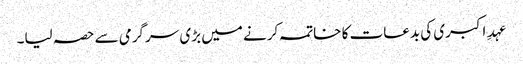
عہدِ اکبری کی بدعات کا خاتمہ کرنے میں بڑی سرگرمی سے حصہ لیا۔